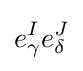
e_{\gamma }^{I}e_{\delta }^{J}